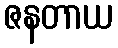
ဇနတာယ